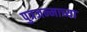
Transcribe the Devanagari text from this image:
पुत्रजन्माच्या